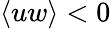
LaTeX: \langle uw\rangle<0